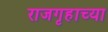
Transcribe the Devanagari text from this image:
राजगृहाच्या